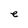
Character: e